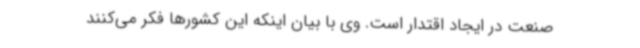
صنعت در ایجاد اقتدار است. وی با بیان اینکه این کشورها فکر می‌کنند